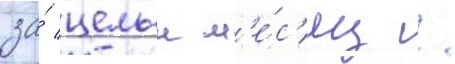
за́ целыи м'е́с'яц /